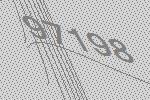
97198